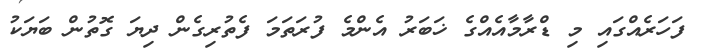
ފަހަރެއްގައި މި ޑްރާމާއެއްގެ ޚަބަރު އެންމެ ފުރަތަމަ ފެތުރިގެން ދިޔަ ގޮތުން ބަޔަކު